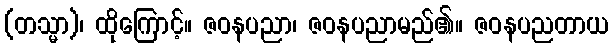
(တသ္မာ)၊ ထိုကြောင့်။ ဇဝနပညာ၊ ဇဝနပညာမည်၏။ ဇဝနပညတာယ